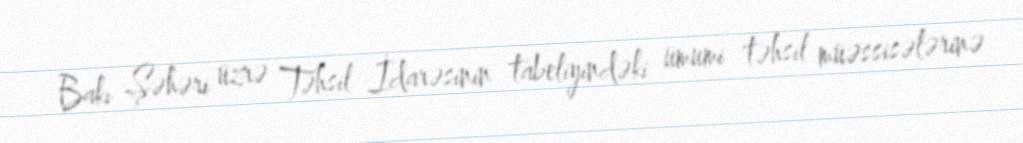
Bakı Şəhəri üzrə Təhsil İdarəsinin tabeliyindəki ümumi təhsil müəssisələrinə